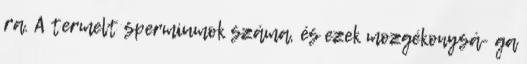
ra. A termelt spermiumok száma, és ezek mozgékonysá- ga